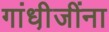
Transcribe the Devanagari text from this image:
गांधी़जींना